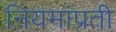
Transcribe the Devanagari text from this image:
नियमांप्रती